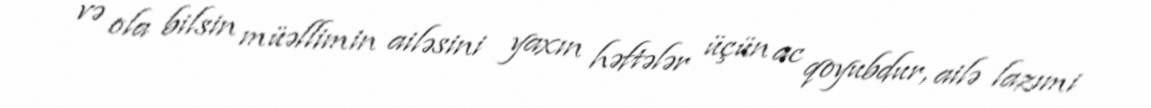
və ola bilsin müəllimin ailəsini yaxın həftələr üçün ac qoyubdur, ailə lazımi